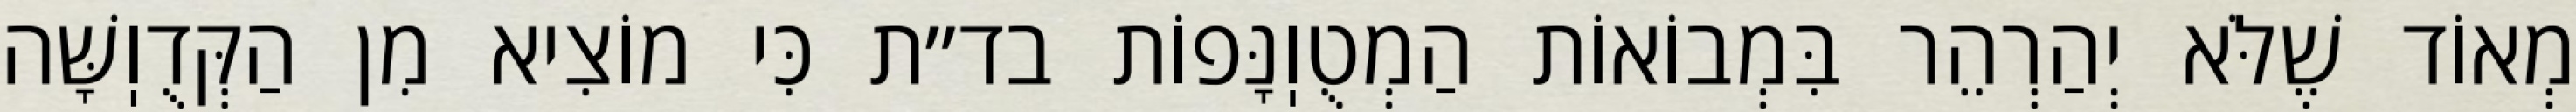
מְאוֹד שֶׁלֹּא יְהַרְהֵר בִּמְבוֹאוֹת הַמְטֻוֽנָּפוֹת בד״ת כִּי מוֹצִיא מִן הַקְּדֻוֽשָּׁה